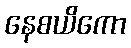
နေစယိကော